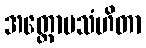
အတ္ထောပသံဟိတာ